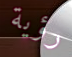
رؤية